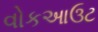
વોકઆઉટ